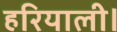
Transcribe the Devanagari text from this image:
हरियाली।